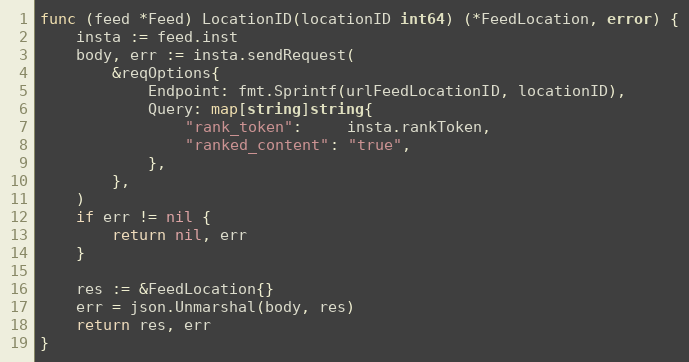
Language: Go
func (feed *Feed) LocationID(locationID int64) (*FeedLocation, error) {
	insta := feed.inst
	body, err := insta.sendRequest(
		&reqOptions{
			Endpoint: fmt.Sprintf(urlFeedLocationID, locationID),
			Query: map[string]string{
				"rank_token":     insta.rankToken,
				"ranked_content": "true",
			},
		},
	)
	if err != nil {
		return nil, err
	}

	res := &FeedLocation{}
	err = json.Unmarshal(body, res)
	return res, err
}